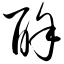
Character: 酴